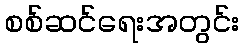
စစ်ဆင်ရေးအတွင်း